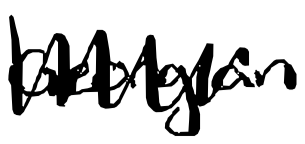
Text: Georgia
Cross-out: zig-zag
Writing tool: digital_black